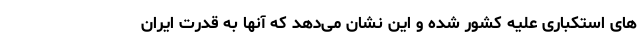
های استکباری علیه کشور شده و این نشان می‌دهد که آنها به قدرت ایران